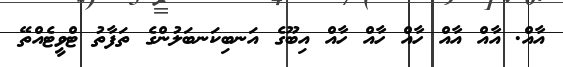
އާއް. އާއް އާއް ހާއް ހާއް ހާއް އިބޫގެ އަނބިކަނބަލުންގެ ތަފާތު ޓްވީޓެއްތޭ